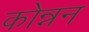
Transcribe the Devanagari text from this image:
कोन्नन